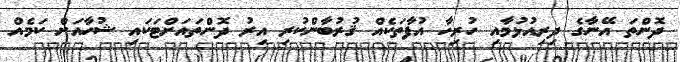
ދޮންތަ އޭނާގެ ދިރިއުޅުމާއި ހުރިހާ އުފާތަކެއް ޤުރުބާންކުރި އިރު ދޮންތައަށްޓަކައި ޝުހާއަށް ކަމެއް